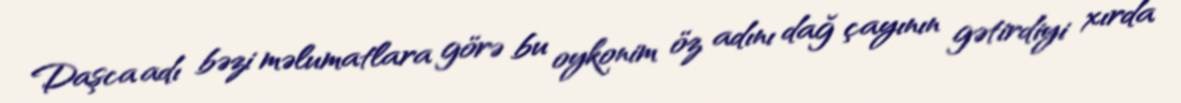
Daşca adı bəzi məlumatlara görə bu oykonim öz adını dağ çayının gətirdiyi xırda